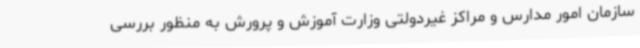
سازمان امور مدارس و مراکز غیردولتی وزارت آموزش و پرورش به منظور بررسی